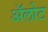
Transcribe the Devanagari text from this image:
ॲलोट